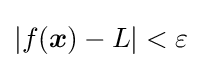
|f({\boldsymbol {x}})-L|<\varepsilon